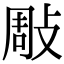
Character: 𢽧